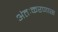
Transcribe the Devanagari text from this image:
अंतःकरणास